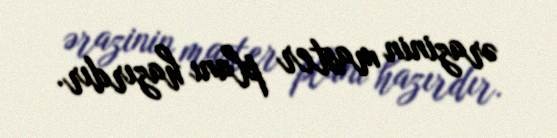
ərazinin master planı hazırdır.